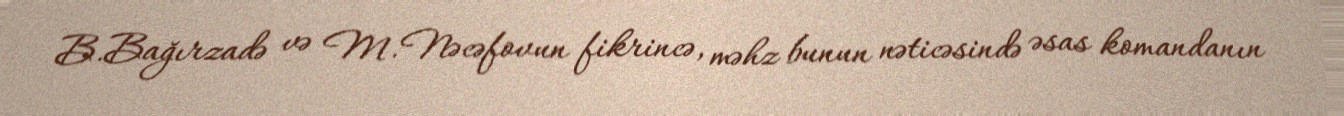
B.Bağırzadə və M.Nəcəfovun fikrincə, məhz bunun nəticəsində əsas komandanın